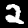
Digit: 2